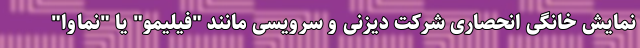
نمایش خانگی انحصاری شرکت دیزنی و سرویسی مانند "فیلیمو" یا "نماوا"